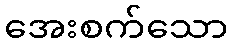
အေးစက်သော